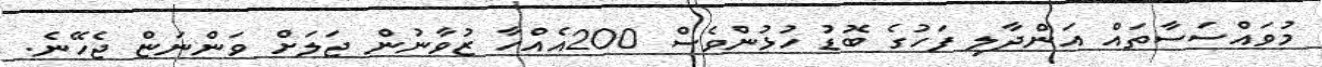
މުވައްސަސާތައް އަންދާލި ފަހުގެ ބޮޑު ހުޅުންވެސް 200އެއްހާ ޒުވާނުން ޖަލަށް ވަންނަޏް ޖެހޭނެ.